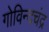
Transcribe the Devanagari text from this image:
गोविन्दचंद्र